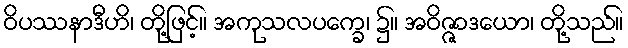
ဝိပဿနာဒီဟိ၊ တို့ဖြင့်။ အကုသလပက္ခေ၊ ၌။ အဝိဇ္ဇာဒယော၊ တို့သည်။